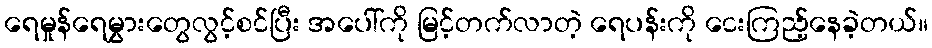
ရေမှုန်ရေမွှားတွေလွင့်စင်ပြီး အပေါ်ကို မြင့်တက်လာတဲ့ ရေပန်းကို ငေးကြည့်နေခဲ့တယ်။